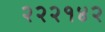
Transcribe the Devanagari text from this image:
२२२१४२